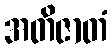
အတိဇာတံ